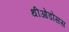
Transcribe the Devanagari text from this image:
थीओडोसस